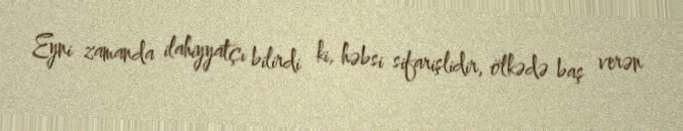
Eyni zamanda ilahiyyatçı bilirdi ki, həbsi sifarişlidir, ölkədə baş verən